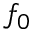
f _ { 0 }